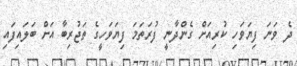
ދެ ވަނަ ފިޔަވަހި ކުރިއަށް ގެންދާނީ ފުރަތަމަ ފިޔަވަހީގެ ތަޖުރިބާ އަށް ބަލައިފައި